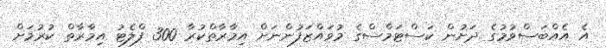
އެ އެއްބަސްވުމުގެ ދަށުން ކަސްޓަމްސްގެ މުވައްޒަފުންނަށް އިމާރާތްކުރާ 300 ފްލެޓު އިމާރާތް ކުރުމަށް